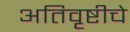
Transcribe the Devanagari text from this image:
अतिवृष्टीचे